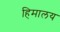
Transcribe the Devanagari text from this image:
हिमालय